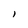
Character: 1